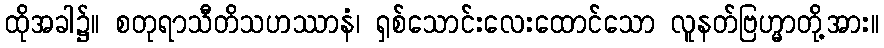
ထိုအခါ၌။ စတုရာသီတိသဟဿာနံ၊ ရှစ်သောင်းလေးထောင်သော လူနတ်ဗြဟ္မာတို့အား။